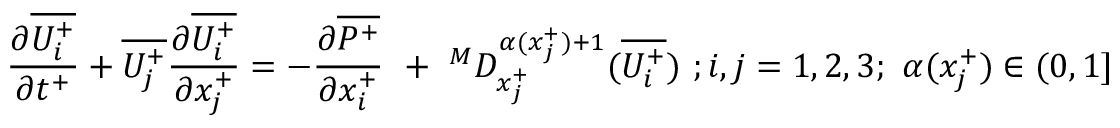
{ \frac { \partial \overline { { U _ { i } ^ { + } } } } { \partial t ^ { + } } } + \overline { { U _ { j } ^ { + } } } \frac { \partial \overline { { U _ { i } ^ { + } } } } { \partial x _ { j } ^ { + } } = - \frac { \partial \overline { { P ^ { + } } } } { \partial x _ { i } ^ { + } } ~ + ~ ^ { M } D _ { x _ { j } ^ { + } } ^ { \alpha ( x _ { j } ^ { + } ) + 1 } ( \overline { { U _ { i } ^ { + } } } ) ~ ; i , j = 1 , 2 , 3 ; ~ \alpha ( x _ { j } ^ { + } ) \in ( 0 , 1 ]